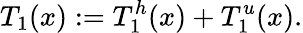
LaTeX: T_{1}(x):=T_{1}^{h}(x)+T_{1}^{u}(x).